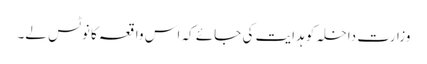
وزارت داخلہ کو ہدایت کی جائے کہ اس واقعہ کا نوٹس لے۔